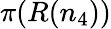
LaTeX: \pi(R(n_{4}))